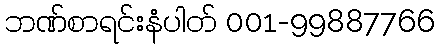
ဘဏ်စာရင်းနံပါတ် 001-99887766